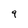
Character: 9